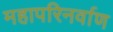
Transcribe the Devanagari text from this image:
महापरिनर्वाण